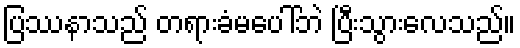
ပြဿနာသည် တရားခံမပေါ်ဘဲ ပြီးသွားလေသည်။